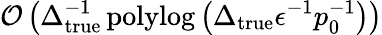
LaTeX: \mathcal{O}\left(\Delta_{\mathrm{true}}^{-1}\operatorname{polylog}\left(\Delta_{\mathrm{true}}\epsilon^{-1}p_{0}^{-1}\right)\right)